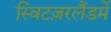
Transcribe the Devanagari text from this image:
स्विटज़रलैंडमें